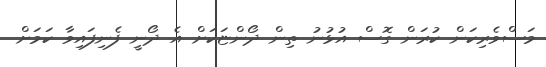
މަސްވެރިކަން ކުރަން ގޮސް އުޅުނު ތިން ދޯންޏަކަށް އެ ދޯނީ ފެނިފައިވާ ކަމަށް